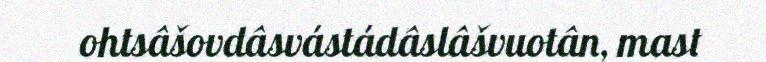
ohtsâšovdâsvástádâslâšvuotân, mast